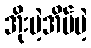
အိုးမဲ့အိမ်မဲ့